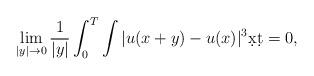
LaTeX: \begin{align*}\lim_{|y|\to 0}\frac{1}{|y|}\int^T_0\int |u(x+y)-u(x)|^3\d x\d t=0,\end{align*}